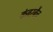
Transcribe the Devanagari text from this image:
कंबरबैच